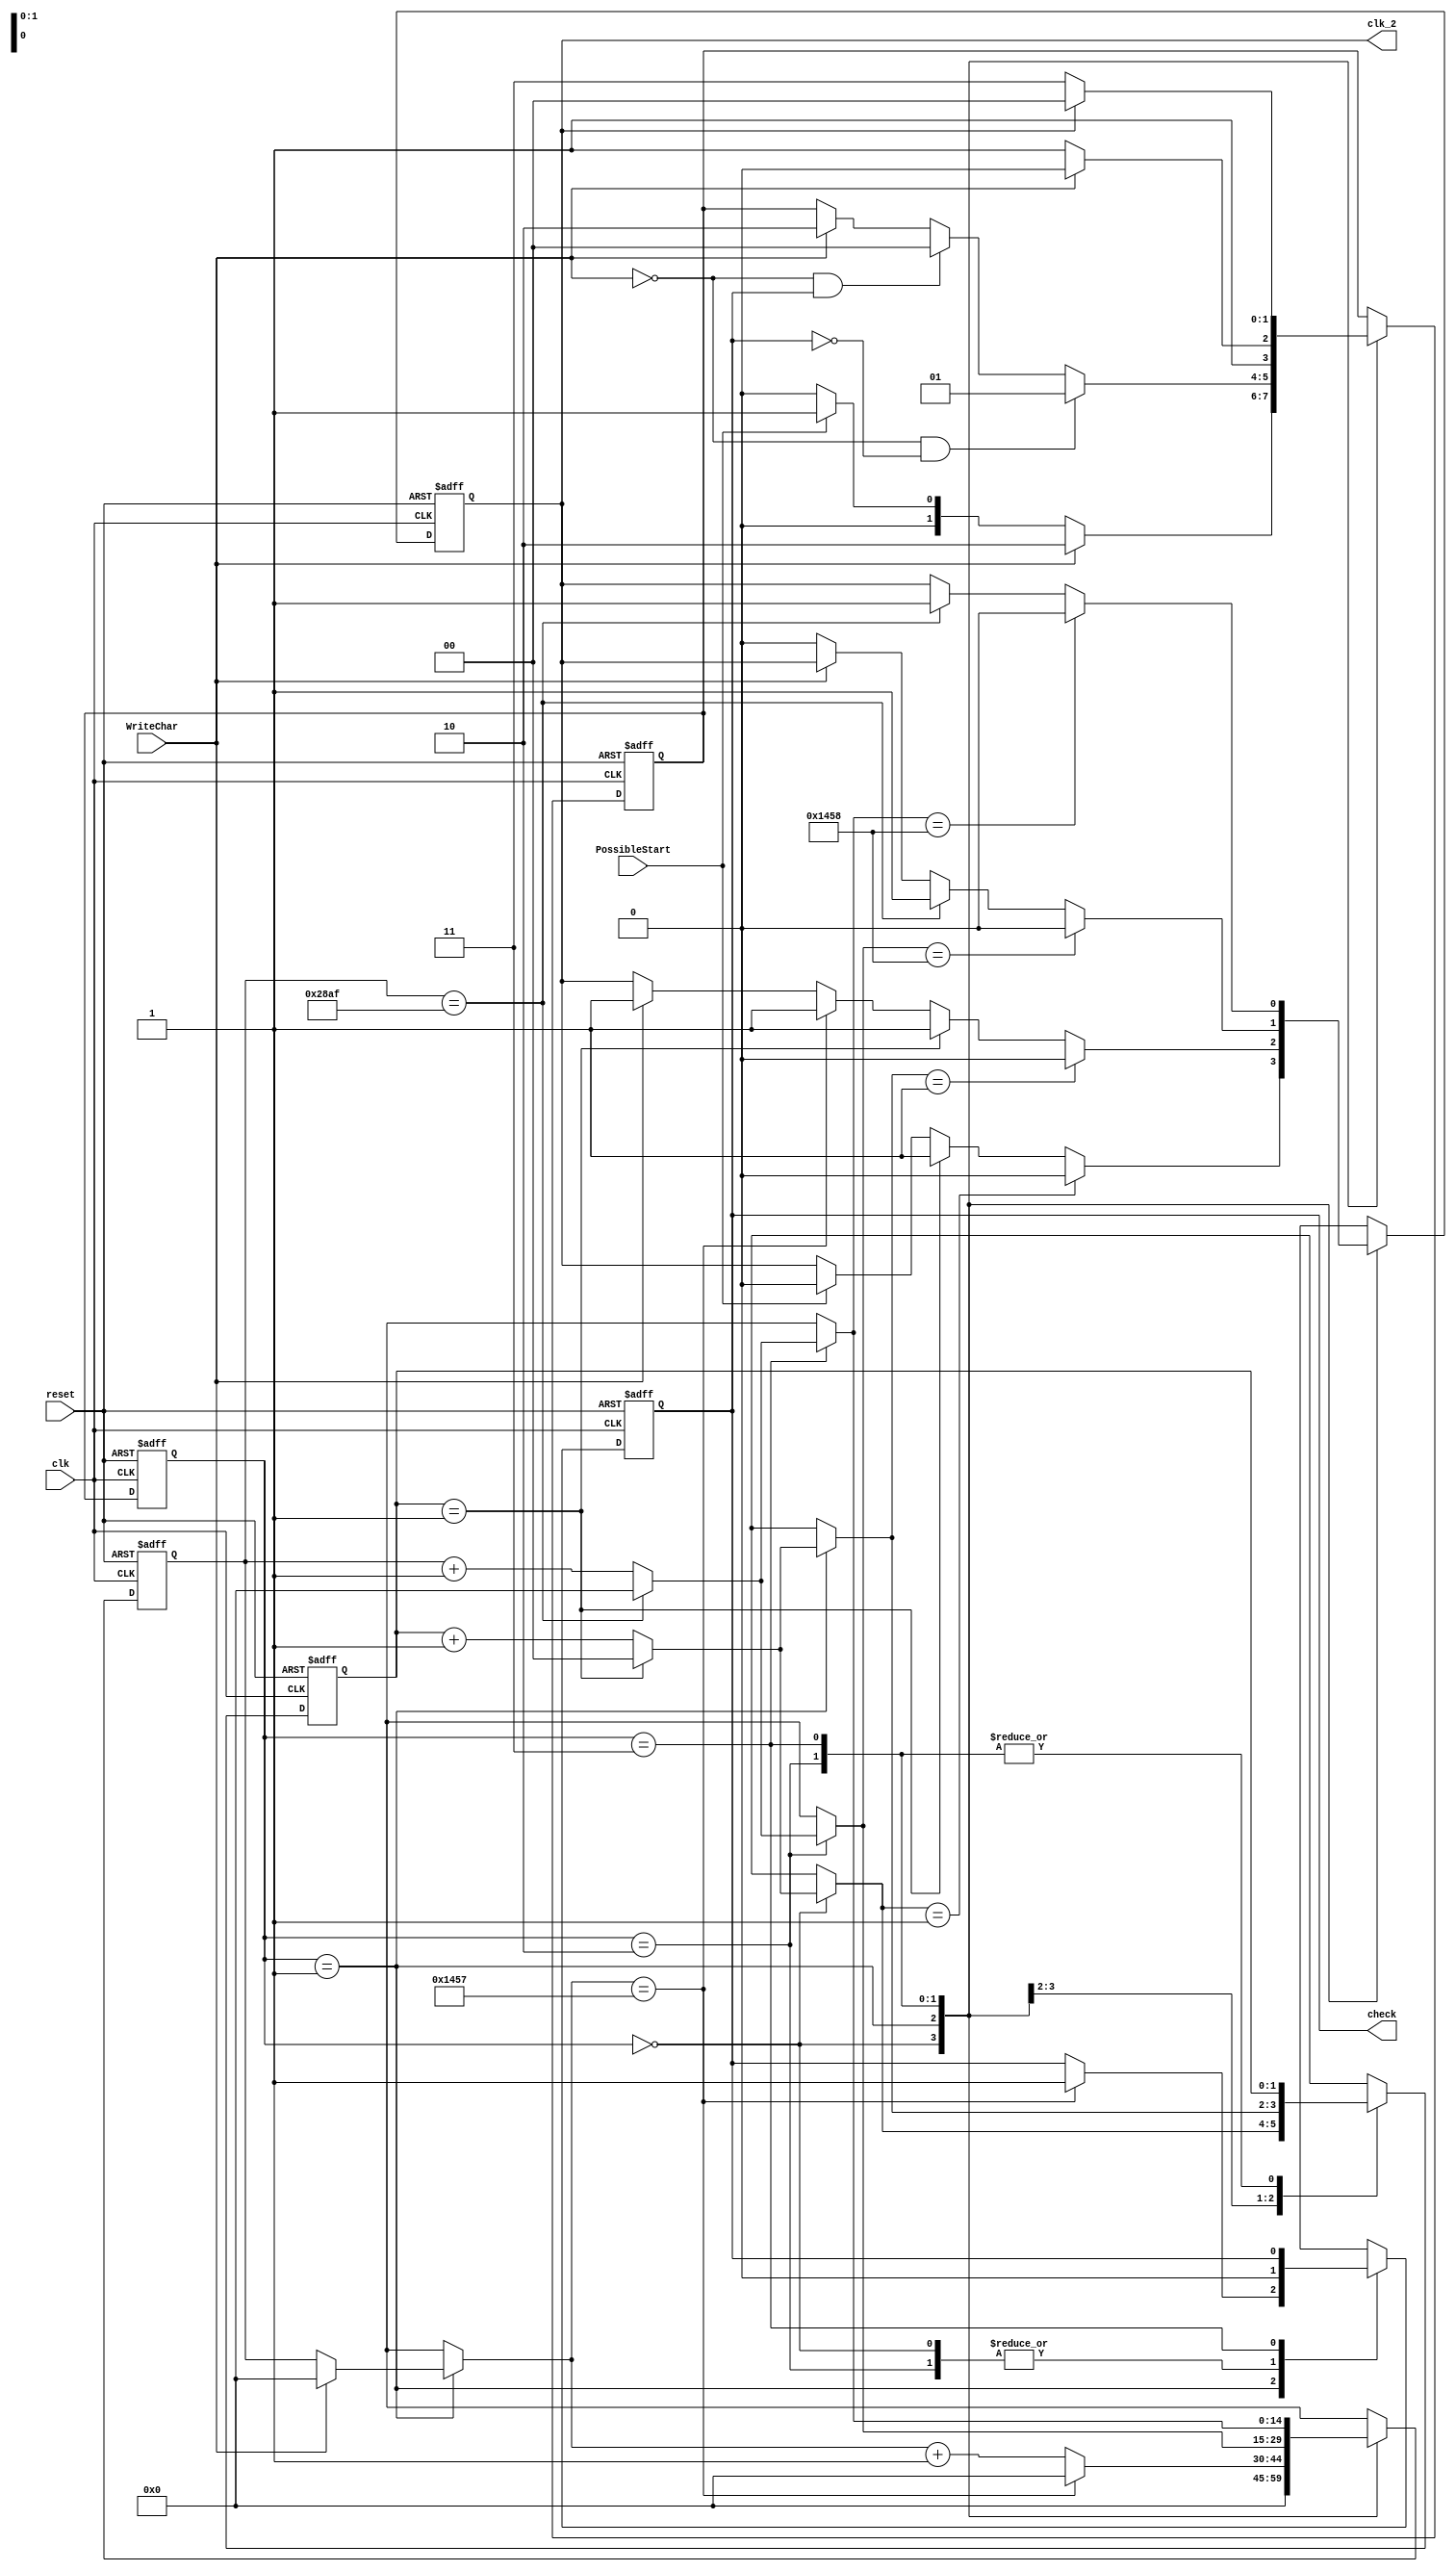
module Wait (reset, clk, clk_2, check, PossibleStart, WriteChar);

   input clk;
   input PossibleStart;
   input WriteChar;
   input reset;
   
   output reg clk_2;
   output reg check;
   
   parameter period = 10416;
   parameter n =14;
   parameter halfPeriod = period/2;
   reg [n:0]  counter;
   
   parameter period1 = 2;
   parameter n1 =1;
   parameter halfPeriod1 = period1/2;
   reg [n1:0]  counter1;

   reg [1:0]  current_state;
   reg [1:0]  next_state;

   parameter IDLE = 2'b00;
   parameter POSSIBLESTART = 2'b01;
   parameter READ = 2'b10;
   parameter PARITY = 2'b11;

   
   always @(posedge clk or posedge reset) begin
      if (reset == 1'b1) begin
	 counter = 0;
	 counter1 = 0;
	 clk_2=0;
	 check = 0;
	 next_state <= 2'b00;
      end
      else begin
	 case (current_state)
	   IDLE: begin
	      if (PossibleStart==0)
		next_state<=IDLE;
	      else begin
		 next_state<=POSSIBLESTART;
		 clk_2=0;
	      end
	      
	      if (WriteChar==1)
		next_state<=READ;
	      
	      check=0;
	      counter=0;
	      if (counter1 == period1-1) begin
		 counter1 = 0;
		 clk_2 = 1;
	      end
	      else counter1 = counter1 +1'b1;
	      if (counter1 == halfPeriod1) clk_2 =0;
	   end // case: IDLE
	   
	   POSSIBLESTART: begin
	      if (WriteChar==1) begin
		 next_state<=READ;
		 clk_2=1;
		 counter = 0;
	      end
	      if (WriteChar==0 && check==1)
		next_state<=IDLE;
	      if (WriteChar==0 && check==0)
		next_state<=POSSIBLESTART;
	      
	      if (counter == halfPeriod-1) begin
		 counter=0;
		 check=1;
		 clk_2=1;

	      end
	      else
		counter = counter +1'b1;

	      if (counter1 == period1-1) begin
		 counter1 = 0;
		 clk_2 = 1;
	      end
	      else counter1 = counter1 +1'b1;
	      if (counter1 == halfPeriod1) clk_2 =0;
	   end // case: POSSIBLESTART
	   
	   READ: begin
	      if (WriteChar==1)
		next_state<=READ;
	      else begin
		 next_state<=PARITY;
		 clk_2 = 0;
	      end
	      
	      check=0;
	      if (counter == period-1) begin
		 counter = 0;
		 clk_2 = 1;
	      end
	      else counter = counter +1'b1;
	      if (counter == halfPeriod) clk_2 =0;

	   end // case: READ
	   PARITY: begin
	      if (clk_2==1)
		next_state<= IDLE;
	      else
		next_state<=PARITY;
	      
	      if (counter == period-1) begin
		 counter = 0;
		 clk_2 = 1;
	      end
	      else counter = counter +1'b1;
	      if (counter == halfPeriod) clk_2 =0;

	   end // case: PARITY
	   
	   default: begin
	      next_state<=IDLE;
	      check=0;
	      clk_2=0;
	   end
	   
	 endcase // case (current_state)
      end // else: !if(reset == 1'b1)
   end // always @ (posedge clk)	  
	 
   always @(negedge clk or posedge reset) begin
      if (reset == 1'b1)
	current_state<=IDLE;
      else
	current_state<=next_state;
   end
   
endmodule